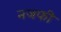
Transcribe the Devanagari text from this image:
नजफी